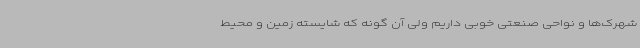
شهرک‌ها و نواحی صنعتی خوبی داریم ولی آن گونه که شایسته زمین و محیط